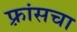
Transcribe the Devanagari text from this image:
फ़्रांसचा